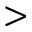
>